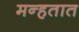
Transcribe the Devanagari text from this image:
मन्हतात